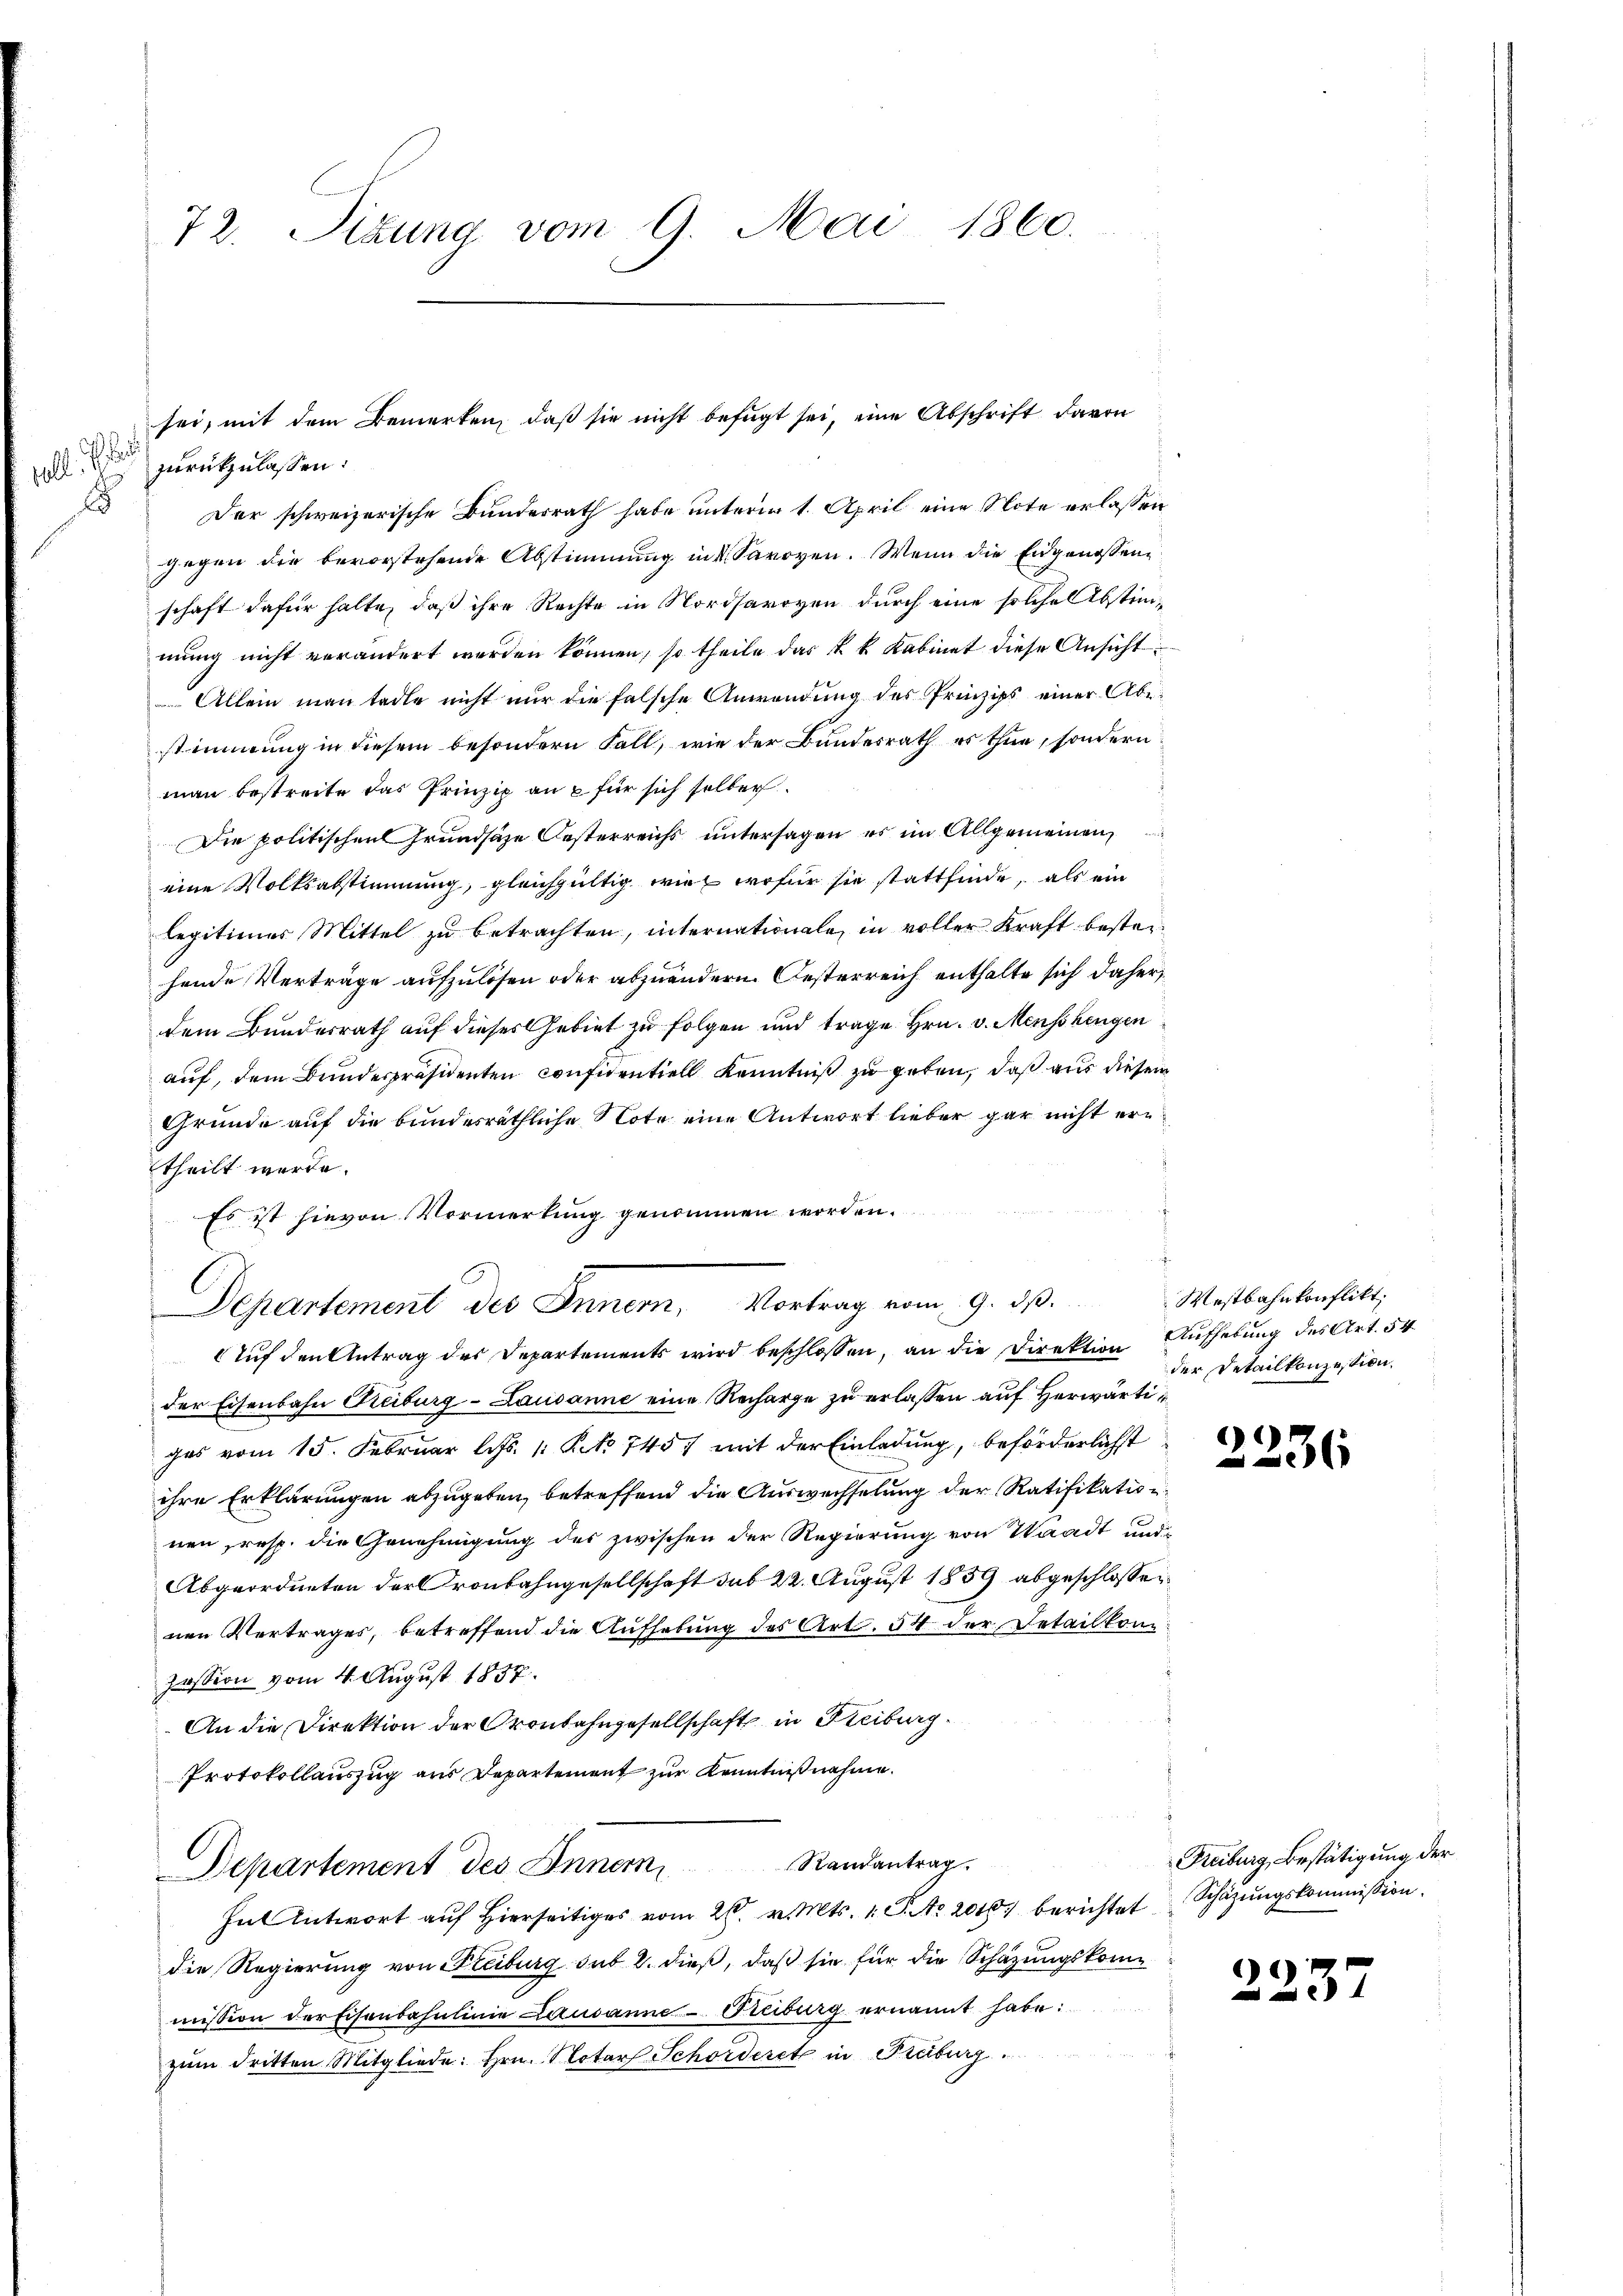
ell.
1

72. Situng vom 9. Mai 1860.

zurückzulassen:
Der schweizerische Bundesrath habe unterm 1. April eine Note erlassen
gegen die bevorstehende Abstimmung in Savoyen. Wenn die Eidgenossenschaft dafür halte, daß ihre Rechte in Nordsavoyen durch eine solche Abstimmung nicht verändert werden können, so theile das k. k. Kabinet diese Ansicht
Allein man tade nicht nur die falsche Anwendung des Prinzips einer Abstimmung in diesem besondern Fall, wie der Bundesrath es thue, sondern
man bestreite das Prinzip an u für sich selber.
Die politischen Grundsäze Oesterreichs untersagen es im Allgemeinen,
eine Volksabstimmung, gleichgültig wie wofür sie stattfinde, als ein
legitimer Mittel zu betrachten, internationale, in voller Kraft besteihende Verträge aufzulösen oder abzuändern. Oesterreich enthalte sich daher
dem Bundesrath auf dieses Gebiet zu folgen und trage Hrn. v. Menschengen
auf, dem Bundespräsidenten Considentiell Kenntniß zu geben, daß aus diesem
Gründe auf die bundesräthliche Note eine Antwort lieber gar nicht ertheilt werde.
Es ist hievon Vormerkung genommen worden.
Departement des Innern, Vortrag vom 9. dβ.  Westbahnkonflikt,
Auf den Antrag des Departements wird beschlossen, an die Direktion Aufhebung des Art. 54
der Eisenbahn Freiburg-Lausanne eine Recharge zu erlassen auf Herwärtigas vom 15. Februar l. Js. 1 Po 745 mit der Einladung, beförderlichst
ihre Erklärungen abzugeben, betreffend die Auswechselung der Ratifikation
nen resp. die Genehmigung des zwischen der Regierung von Waadt und
Abgeordneten der Cronbahngesellschaft sub 22. August 1839 abgeschlossenen Vertrages, betreffend die Aufhebung des Art. 54 der Detail konnzession vom 4. August 1837.
An die Direktion der Oronbahngesellschaft in Kreiburg.
Protokollauszug aus Departement zur Kenntniß nehme.
Departement des Inner, Randantrag.
hut Antwort auf Hierseitiges vom 26. v. Mts. 1 S. No 2016. berichtet Schazungskommission.
die Regierung von Freiburg sub 2. dieß, daß sie für die Schazungskommission der Eisenbahnlinie Lausanne-Freiburg ernannt habe:
zŭm dritten Mitgliede: Hrn. Notar Schorderet in Präburg

sei, mit dem Bemerken, daß sie nicht befugt sei, eine Abschrift davon

der Detailkonzession,

*)
e

Freiburg, Bestätigung der

223